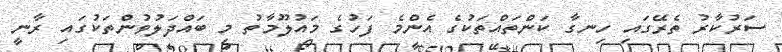
ސަރުކާރު ތެރޭގައި ހިނގާ ކަންތައްތަކުގެ އެންމެ ފަހުގެ މައުލޫމާތު މި ބައްދަލުވުންތަކުގައި ރާނީ